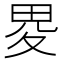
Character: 畟